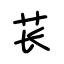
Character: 苌